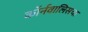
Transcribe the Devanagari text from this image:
कॉर्नवालिसचा